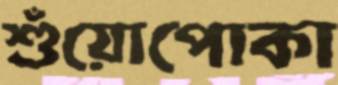
শুঁয়োপোকা